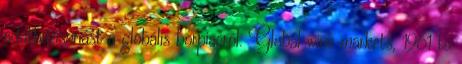
adatbázisóriást a globális borpiacról: Global wine markets, 1961 to